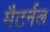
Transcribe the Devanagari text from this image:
मैटर्नल